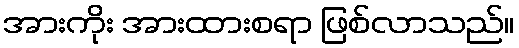
အားကိုး အားထားစရာ ဖြစ်လာသည်။